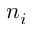
n _ { i }